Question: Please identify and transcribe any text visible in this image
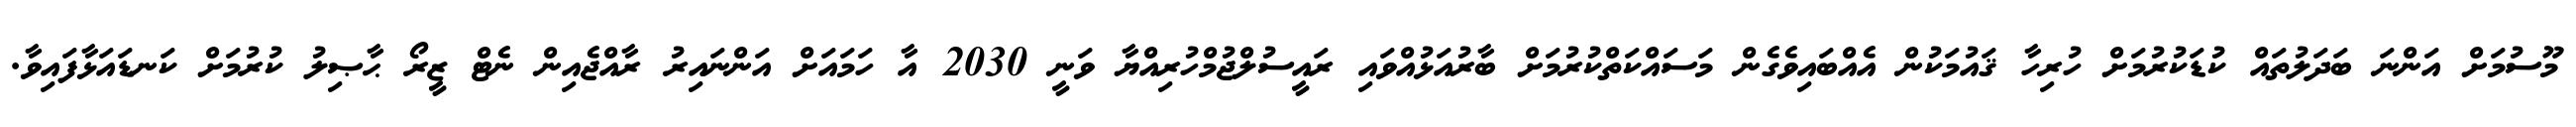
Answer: މޫސުމަށް އަންނަ ބަދަލުތައް ކުޑަކުރުމަށް ހުރިހާ ޤައުމަކުން އެއްބައިވެގެން މަސައްކަތްކުރުމަށް ބާރުއަޅުއްވައި ރައީސުލްޖުމްހުރިއްޔާ ވަނީ 2030 އާ ހަމައަށް އަންނައިރު ރާއްޖެއިން ނެޓް ޒީރޯ ޙާޞިލު ކުރުމަށް ކަނޑައަޅާފައިވާ.